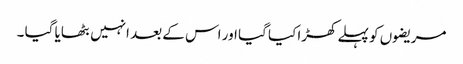
مریضوں کو پہلے کھڑا کیا گیا اور اس کے بعد انہیں بٹھایا گیا ۔